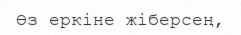
Өз еркіне жіберсең,